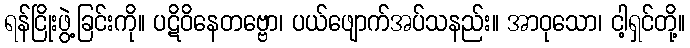
ရန်ငြိုးဖွဲ့ခြင်းကို။ ပဋိဝိနေတဗ္ဗော၊ ပယ်ဖျောက်အပ်သနည်း။ အာဝုသော၊ ငါ့ရှင်တို့။